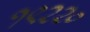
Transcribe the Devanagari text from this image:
१९२२०